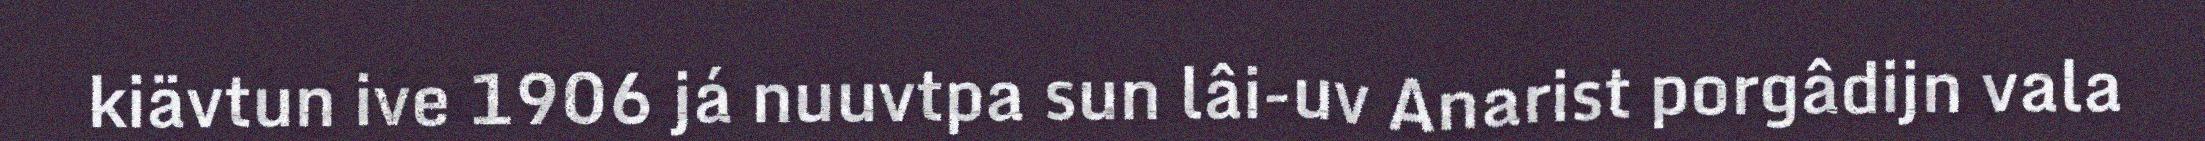
kiävtun ive 1906 já nuuvtpa sun lâi-uv Anarist porgâdijn vala